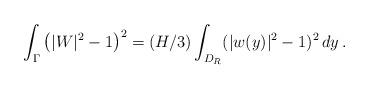
LaTeX: \begin{align*} \int_\Gamma\big(|W|^2-1\big)^2=(H/3) \int_{D_R} (|w(y)|^2-1)^2\,dy\,.\end{align*}